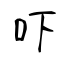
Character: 吓